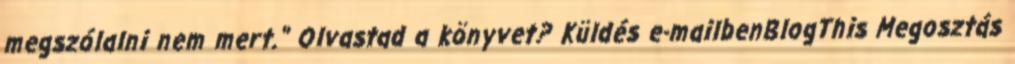
megszólalni nem mert." Olvastad a könyvet? Küldés e-mailbenBlogThis Megosztás